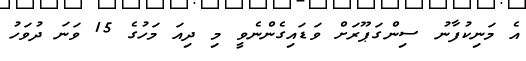
އެ މަނިކުފާނު ސިންގަޕޫރަށް ވަޑައިގެންނެވީ މި ދިއަ މަހުގެ 15 ވަނަ ދުވަހު